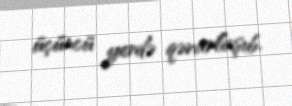
üçüncü yerdə qərarlaşıb.